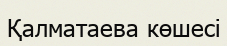
Қалматаева көшесі